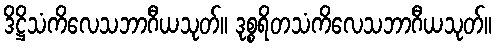
ဒိဋ္ဌိသံကိလေသဘာဂီယသုတ်။ ဒုစ္စရိတသံကိလေသဘာဂီယသုတ်။